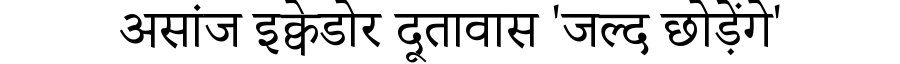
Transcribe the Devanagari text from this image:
असांज इक्वेडोर दूतावास 'जल्द छोड़ेंगे'